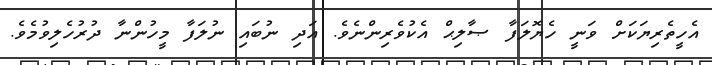
އެހީތެރިޔަކަށް ވަނީ ހެޔޮލަފާ ޞާލިޙް އެކުވެރިންނެވެ. އަދި ނުބައި ނުލަފާ މީހުންނާ ދުރުހެލިވުމެވެ.